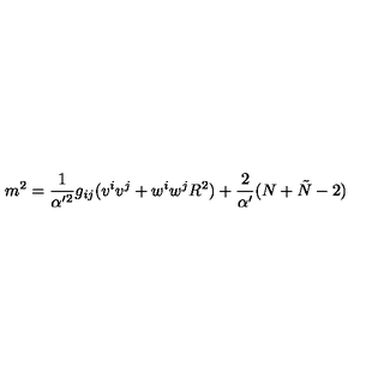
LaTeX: m ^ { 2 } = \frac { 1 } { \alpha ^ { \prime 2 } } g _ { i j } ( v ^ { i } v ^ { j } + w ^ { i } w ^ { j } R ^ { 2 } ) + \frac { 2 } { \alpha ^ { \prime } } ( N + \tilde { N } - 2 )